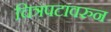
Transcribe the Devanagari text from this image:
चित्रपटावरुन